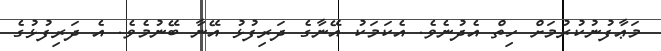
މަޢާފުނުކުރުމަށް ހިތް އެދުނެވެ. އެކަމަކު އޭނާގެ ދަރިފުޅު އޭނާ ބޭނުމެވެ. އެ ދަރިފުޅުގެ